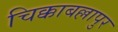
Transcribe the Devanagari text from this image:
चिक्काबल्लापुर